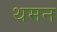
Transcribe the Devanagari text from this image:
थमन